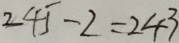
2 4 5 - 2 = 2 4 3